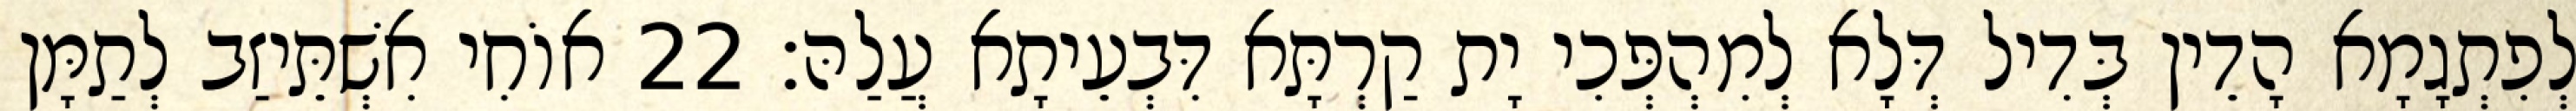
לְפִתְגָמָא הָדֵין בְּדִיל דְּלָא לְמִהְפְּכִי יָת קַרְתָּא דִּבְעֵיתָא עֲלַהּ׃ 22 אוֹחִי אִשְׁתֵּיזַב לְתַמָּן